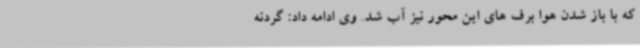
که با باز شدن هوا برف های این محور نیز آب شد. وی ادامه داد: گردنه